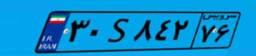
۳۰S۸۴۲۷۶